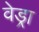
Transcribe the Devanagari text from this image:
वेड्रा